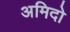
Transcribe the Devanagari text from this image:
अमिदो